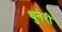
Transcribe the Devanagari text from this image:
थुनेरी